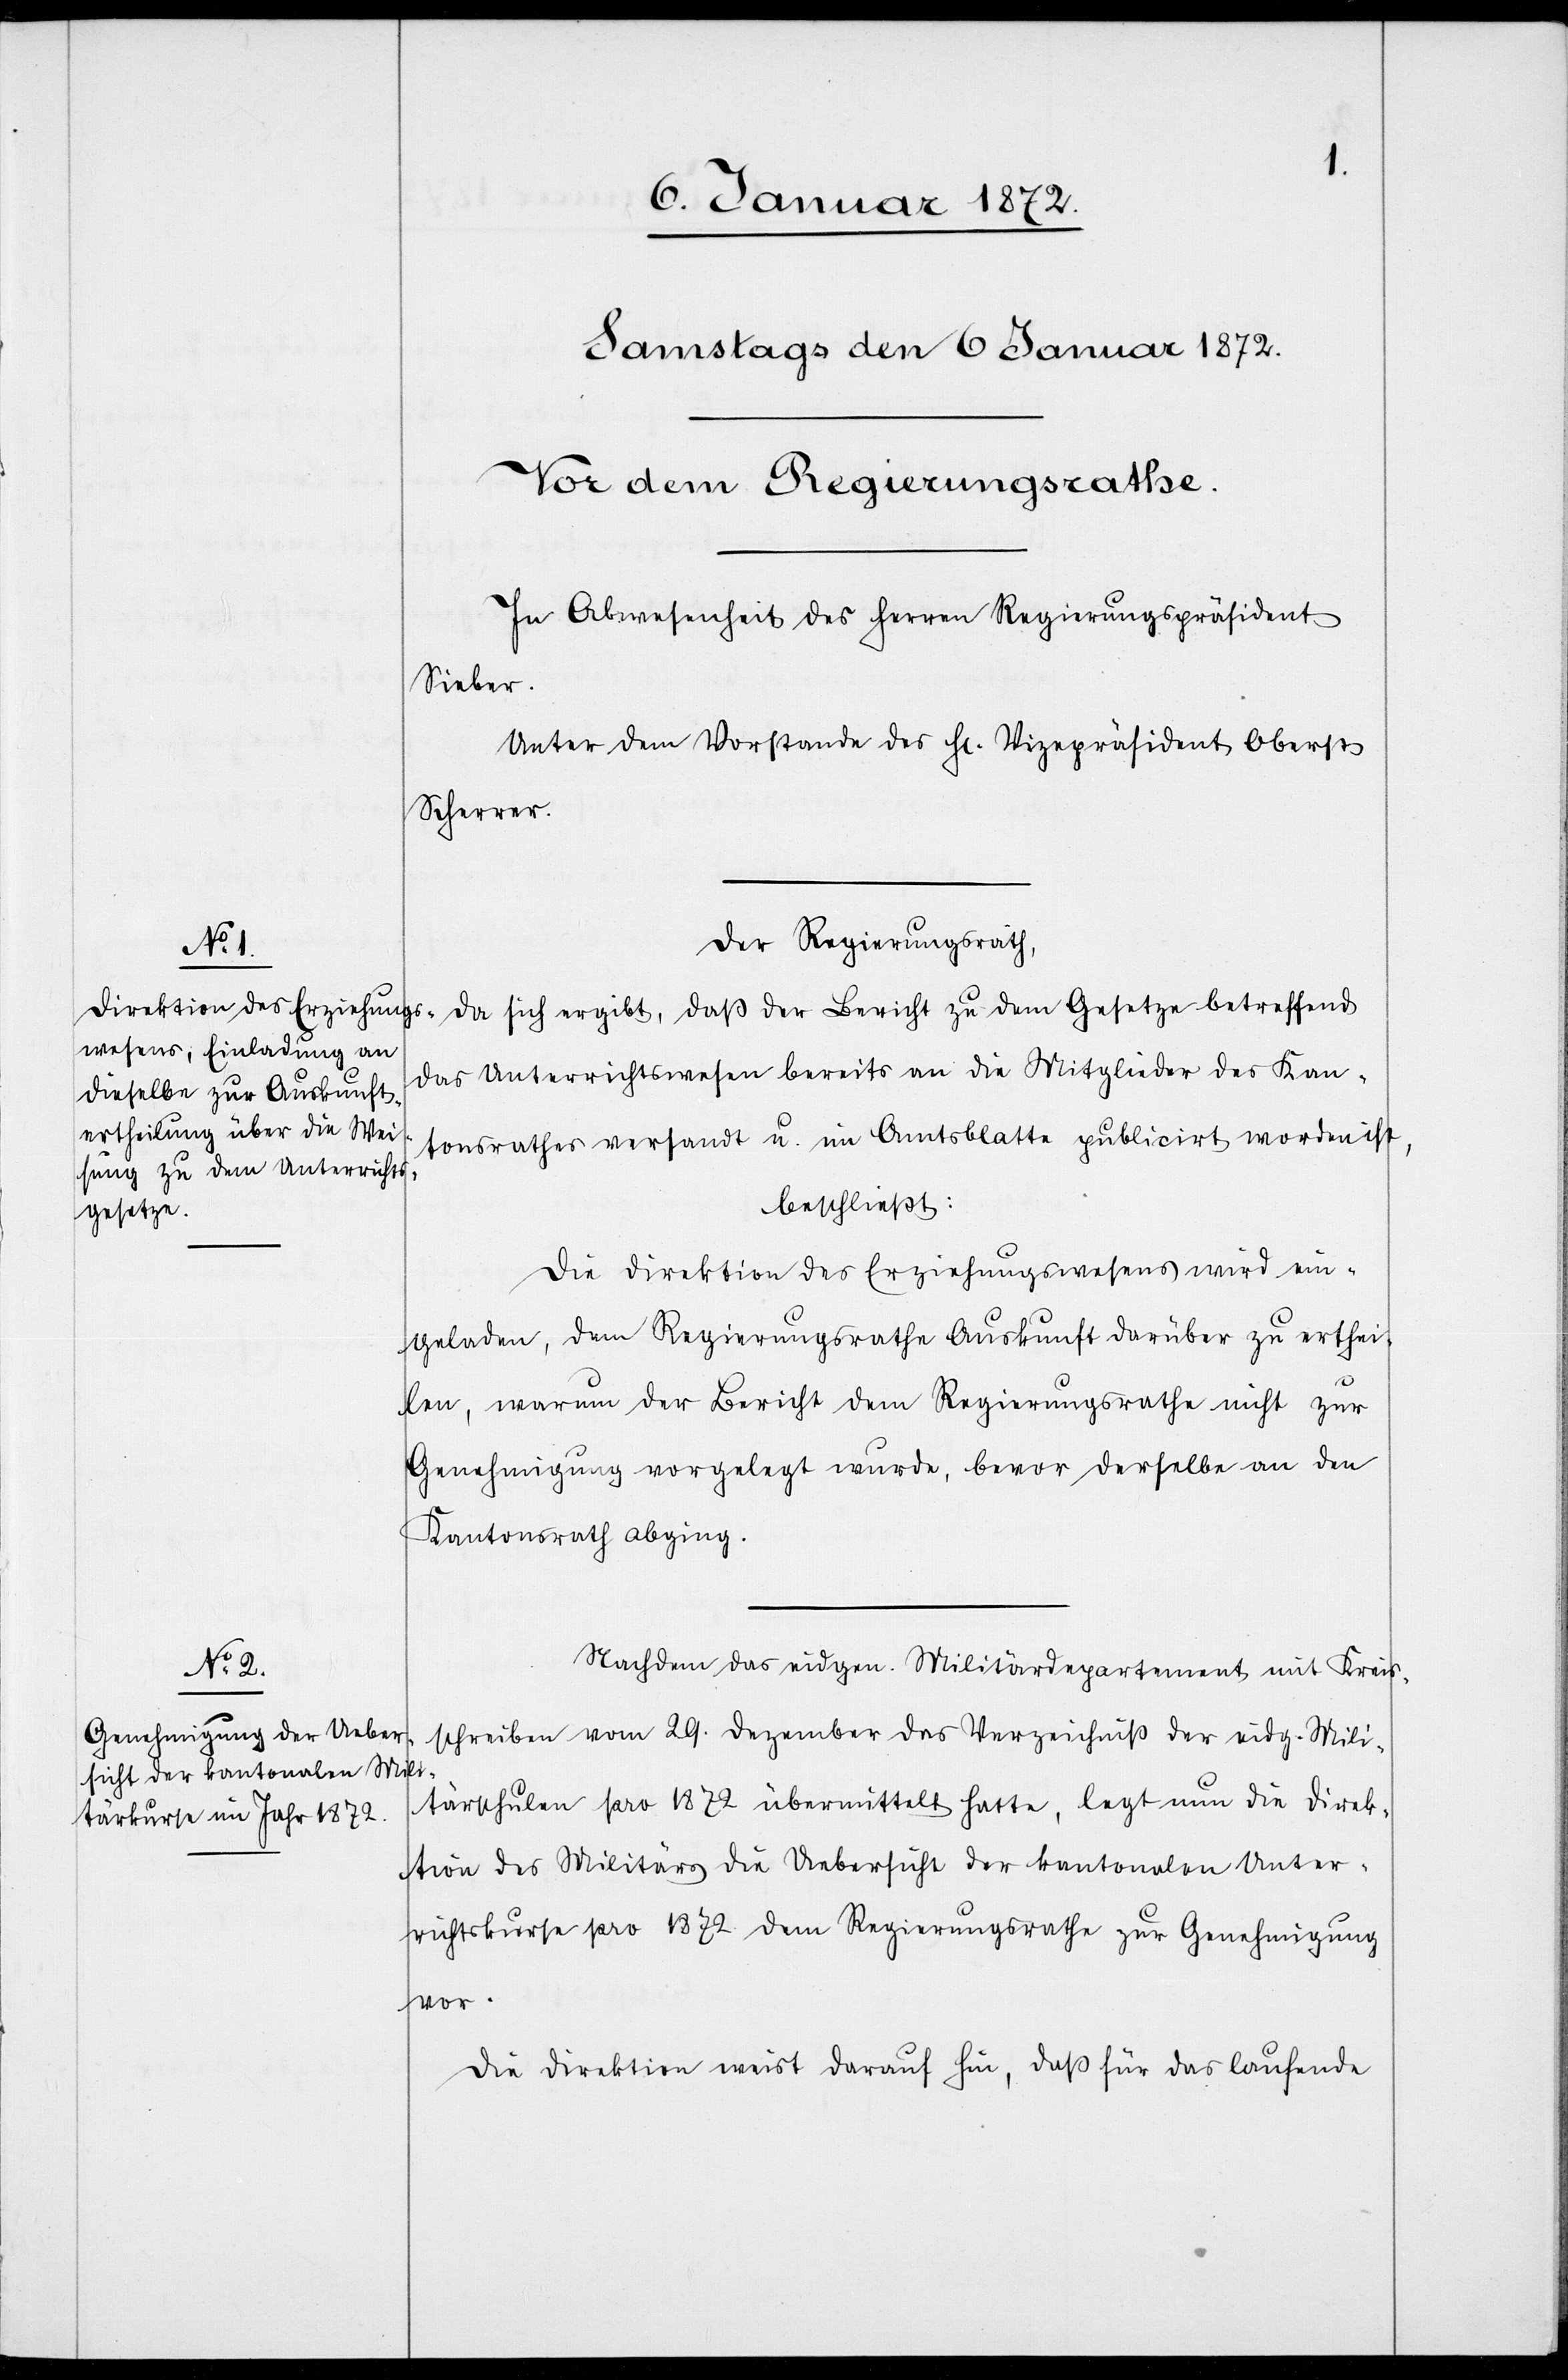
Der Regierungsrath,
da sich ergibt, daß der Bericht zu dem Gesetze betreffend
das Unterrichtswesen bereits an die Mitglieder des Kan¬
tonsrathes versandt u. im Amtsblatte publicirt worden ist,
beschließt:
Die Direktion des Erziehungswesens wird ein¬
geladen, dem Regierungsrathe Auskunft darüber zu erthei¬
len, warum der Bericht dem Regierungsrathe nicht zur
Genehmigung vorgelegt wurde, bevor derselbe an den
Kantonsrath abging.
Nachdem das eidgen. Militärdepartement mit Kreis¬
schreiben vom 29. Dezember das Verzeichniß der eidg. Mili¬
tärschulen pro 1872 übermittelt hatte, legt nun die Direk¬
tion des Militärs die Uebersicht der kantonalen Unter¬
richtskurse pro 1872 dem Regierungsrathe zur Genehmigung
vor.
Die Direktion weist darauf hin, daß für das laufende